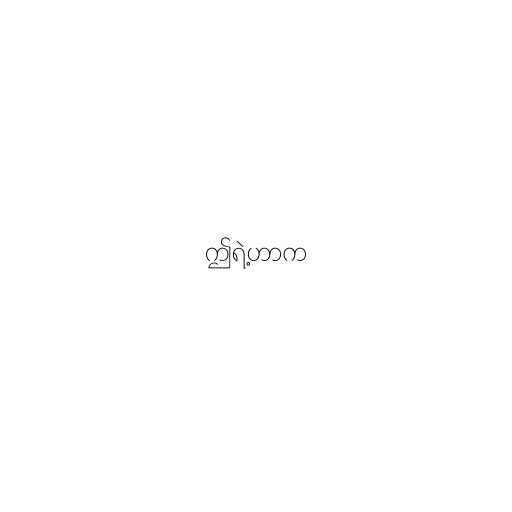
ဤရဲ့ဟာက